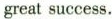
great success.